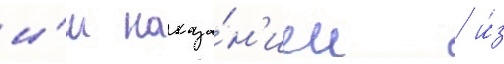
и́м наказа́н'ием / и́з